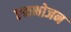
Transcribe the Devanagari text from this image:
एकभोजन